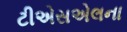
ટીએસએલના